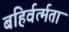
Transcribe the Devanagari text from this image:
बहिर्वर्त्मता